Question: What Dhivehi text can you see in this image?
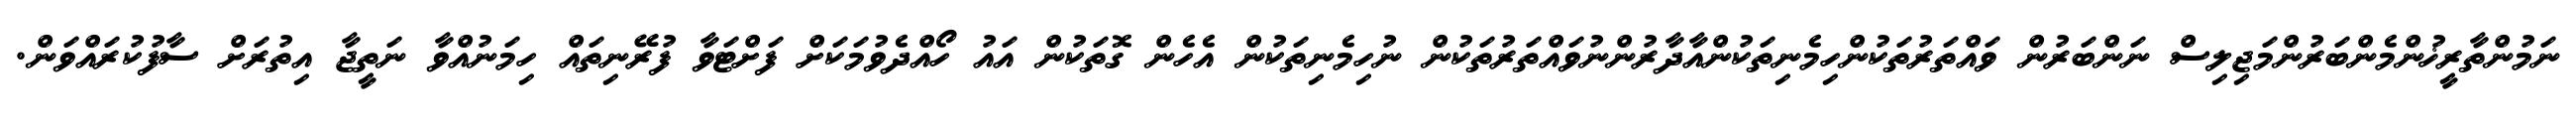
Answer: ނަމުންތާރީޚުންމެންބަރުންމަޖިލިސް ނަންބަރުން ވައްތަރުތަކުންހިމެނިތަކުންއާދާރުންނުވައްތަރުތަކުން ނުހިމެނިތަކުން އެހެން ގޮތަކުން އައު ހޯއްދެވުމަކަށް ފަށްޓަވާ ފުރޭނިތައް ހިމަނުއްވާ ނަތީޖާ އިތުރަށް ސާފުކުރައްވަން.